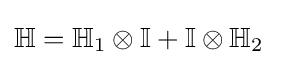
\mathbb {H} =\mathbb {H} _{1}\otimes \mathbb {I} +\mathbb {I} \otimes \mathbb {H} _{2}~